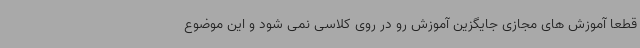
قطعا آموزش های مجازی جایگزین آموزش رو در روی کلاسی نمی شود و این موضوع